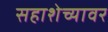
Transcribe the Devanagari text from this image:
सहाशेच्यावर